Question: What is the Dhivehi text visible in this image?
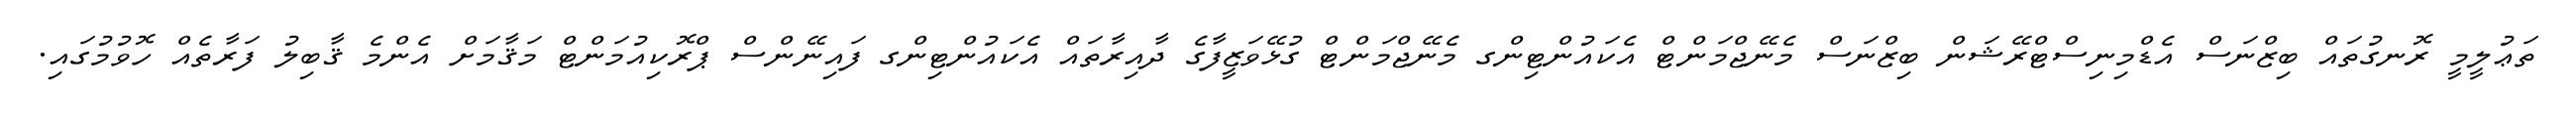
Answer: ތަޢުލީމީ ރޮނގުތައް ބިޒްނަސް އެޑްމިނިސްޓްރޭޝަން ބިޒްނަސް މެނޭޖްމަންޓް އެކައުންޓިންގ މެނޭޖްމަންޓް ގުޅޭވަޒީފާގެ ދާއިރާތައް އެކައުންޓިންގ ފައިނޭންސް ޕްރޮކިއުމަންޓް މަޤާމަށް އެންމެ ޤާބިލު ފަރާތެއް ހޮވުމުގައި.